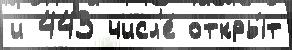
и 443 числ'е́ откры́т